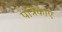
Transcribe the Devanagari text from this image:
पत्रिकाएं